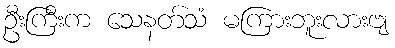
ဦးကြီးက သေနတ်သံ မကြားဘူးလားဗျ